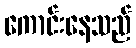
ကောင်းနေသည်